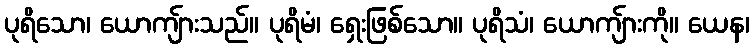
ပုရိသော၊ ယောကျ်ားသည်။ ပုရိမံ၊ ရှေးဖြစ်သော။ ပုရိသံ၊ ယောကျ်ားကို။ ယေန၊